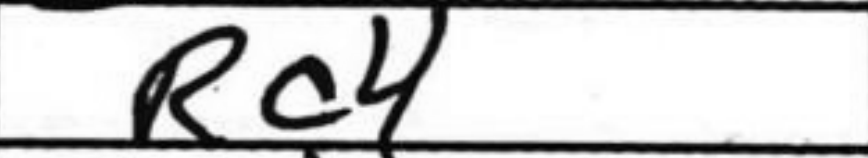
Transcription: Rc4